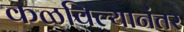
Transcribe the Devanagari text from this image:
कळविल्यानंतर